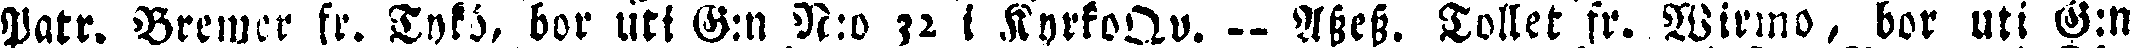
Patr. Brewer fr. Tyks, bor uti G:n N:o 32 i KyrkoQv. -- Afsefs. Tollet fr. Wirmo, bor uti G:n